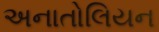
અનાતોલિયન